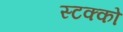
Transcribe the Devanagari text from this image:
स्टक्को